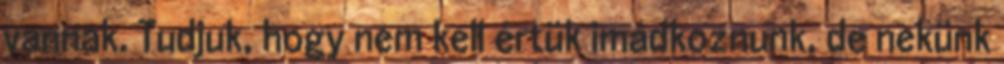
vannak. Tudjuk, hogy nem kell értük imádkoznunk, de nekünk